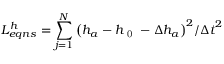
L _ { e q n s } ^ { h } = \sum _ { j = 1 } ^ { N } { { { \left( { { h } _ { a } } - { { h } _ { \mathrm { ~ 0 ~ } } } - \Delta { { h } _ { a } } \right) } ^ { 2 } } / { { \Delta t } ^ { 2 } } }